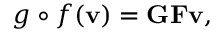
g \circ f ( \mathbf { v } ) = \mathbf { G } \mathbf { F } \mathbf { v } ,